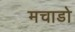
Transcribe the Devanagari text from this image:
मचाडो